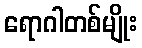
ရောဂါတစ်မျိုး